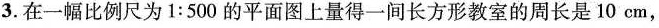
3.在一幅比例尺为$$1:500$$的平面图上量得一间长方形教室的周长是10cm，